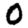
Digit: 0